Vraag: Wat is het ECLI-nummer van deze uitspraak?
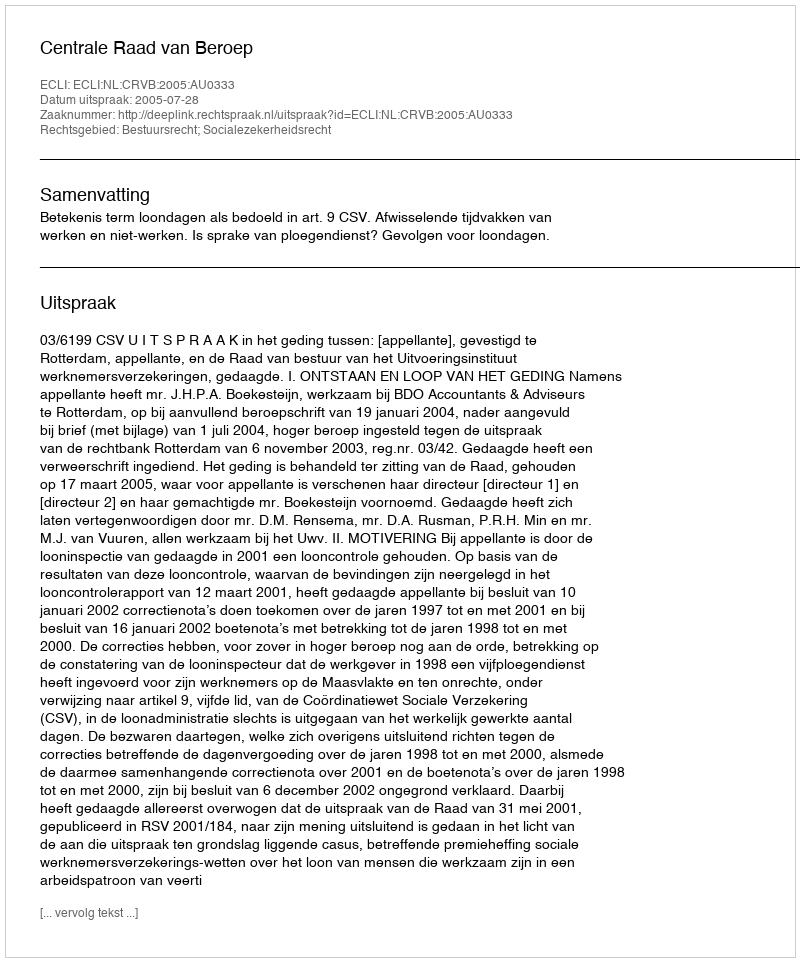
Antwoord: ECLI:NL:CRVB:2005:AU0333